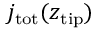
j _ { \mathrm { t o t } } ( z _ { \mathrm { t i p } } )